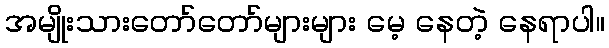
အမျိုးသားတော်တော်များများ မေ့ နေတဲ့ နေရာပါ။